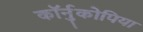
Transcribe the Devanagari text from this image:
कॉर्नुकोपिया